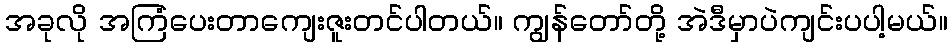
အခုလို အကြံပေးတာကျေးဇူးတင်ပါတယ်။ ကျွန်တော်တို့ အဲဒီမှာပဲကျင်းပပါ့မယ်။